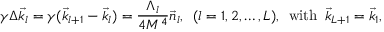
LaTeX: \gamma \Delta \vec { k } _ { l } = \gamma ( \vec { k } _ { l + 1 } - \vec { k } _ { l } ) = \frac { \Lambda _ { l } } { 4 M ^ { 4 } } \vec { n } _ { l } , \, \, \, ( l = 1 , 2 , \dots , L ) , \, \, \, \mathrm { w i t h } \, \, \, \vec { k } _ { L + 1 } = \vec { k } _ { 1 } ,